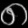
Digit: ၈